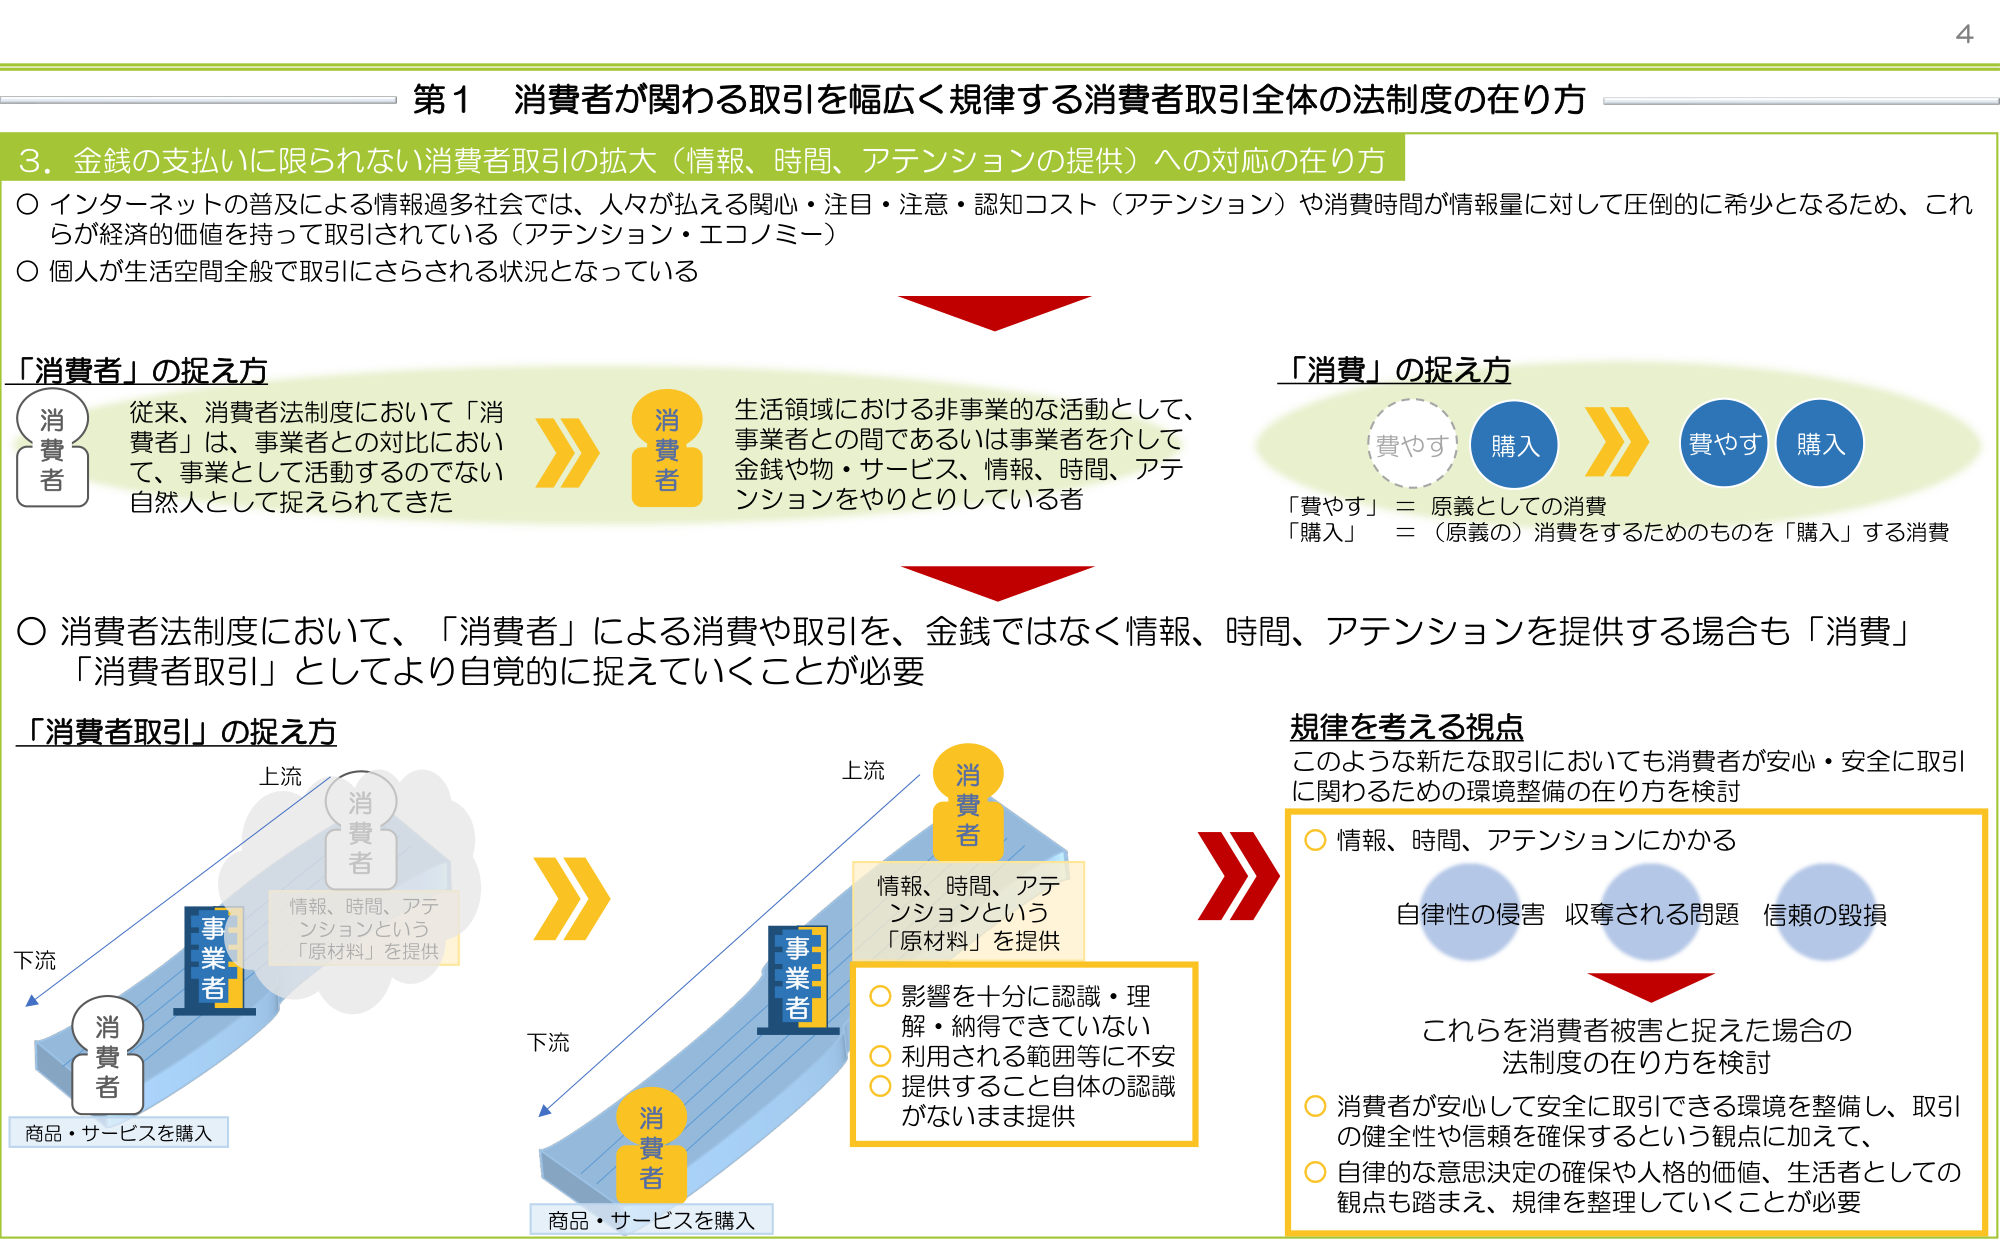
第1 消費者が関わる取引を幅広く規律する消費者取引全体の法制度の在り方

3. 金銭の支払いに限られない消費者取引の拡大（情報、時間、アテンションの提供）への対応の在り方

○ インターネットの普及による情報過多社会では、人々が払える関心・注目・注意・認知コスト（アテンション）や消費時間が情報量に対して圧倒的に希少となるため、これらが経済的価値を持って取引されている（アテンション・エコノミー）

○ 個人が生活空間全般で取引にさらされる状況となっている

「消費者」の捉え方

従来、消費者法制度において「消費者」は、事業者との対比において、事業として活動するのではない自然人として捉えられてきた

生活領域における非事業的な活動として、事業者との間であるあるいは事業者を介して金銭や物・サービス、情報、時間、アテンションをやりとりしている者

「消費」の捉え方

費やす 購入

「費やす」＝ 原義としての消費
「購入」＝ （原義の）消費をするためのものを「購入」する消費

○ 消費者法制度において、「消費者」による消費や取引を、金銭ではなく情報、時間、アテンションを提供する場合も「消費」「消費者取引」としてより自覚的に捉えていくことが必要

「消費者取引」の捉え方

上流
消費者
情報、時間、アテンションという「原材料」を提供
事業者
下流
消費者
商品・サービスを購入

上流
消費者
情報、時間、アテンションという「原材料」を提供
事業者
下流
消費者
商品・サービスを購入

○ 影響を十分に認識・理解・納得できていない
○ 利用される範囲等に不安
○ 提供すること自体の認識がないまま提供

規律を考える視点

このような新たな取引においても消費者が安心・安全に取引に関わるための環境整備の在り方を検討

○ 情報、時間、アテンションにかかる
自律性の侵害 収奪される問題 信頼の毀損

これらを消費者被害と捉えた場合の法制度の在り方を検討

○ 消費者が安心して安全に取引できる環境を整備し、取引の健全性や信頼を確保するという観点に加えて、
○ 自律的な意思決定の確保や人格的価値、生活者としての観点も踏まえ、規律を整理していくことが必要